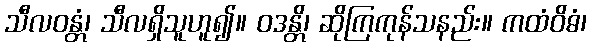
သီလဝန္တံ၊ သီလရှိသူဟူ၍။ ဝဒန္တိ၊ ဆိုကြကုန်သနည်း။ ကထံဝိဓံ၊